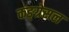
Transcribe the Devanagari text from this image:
कङ्ग्रेसल